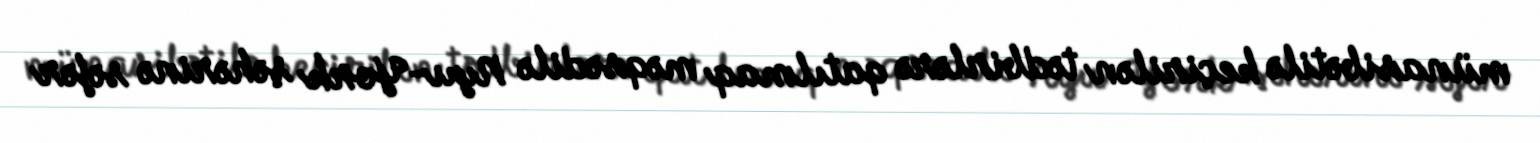
münasibətilə keçirilən tədbirlərə qatılmaq məqsədilə Nyu-York şəhərinə səfər